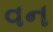
વન